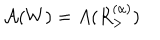
LaTeX: \mathcal { A } ( W ) = A ( R _ { > } ^ { ( \alpha ) } )